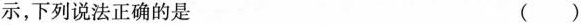
示，下列说法正确的是()